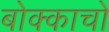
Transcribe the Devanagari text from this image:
बोक्काचो